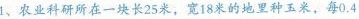
1、农业科研所在一块长25米，宽18米的地里种玉米，每0.4